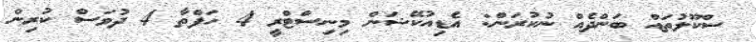
ސްކޫލުތައް ބަންދެއް ނުކުރަން: އެޑިއުކޭޝަން މިނިސްޓްރީ 4 ހަފްތާ 4 ދުވަސް ކުރިން